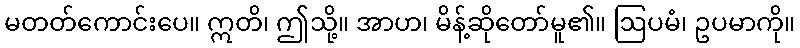
မတတ်ကောင်းပေ။ ဣတိ၊ ဤသို့။ အာဟ၊ မိန့်ဆိုတော်မူ၏။ ဩပမံ၊ ဥပမာကို။